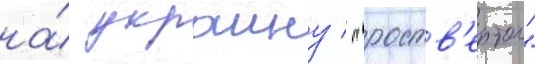
на́ украину / "роств'ертол"